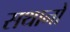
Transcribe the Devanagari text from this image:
सथानो